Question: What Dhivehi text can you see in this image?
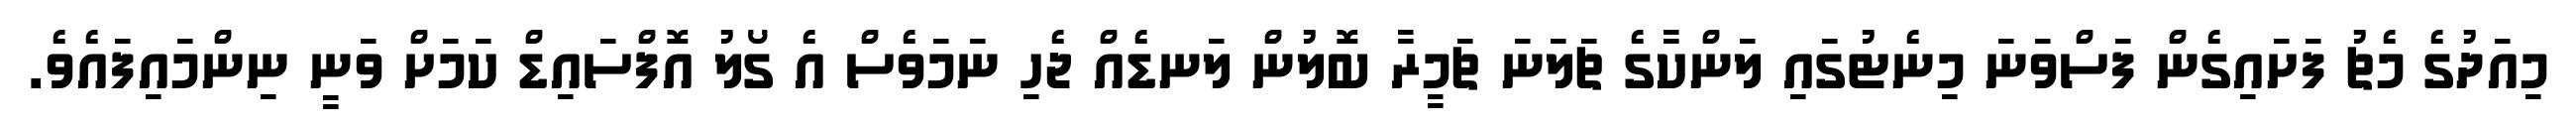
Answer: މިއަދުގެ މެޗު ފަށައިގެން ފަސްވަނަ މިނެޓުގައި ލަންކާގެ ޗަލަނަ ޗަމީރާ ބޮލުން ލަނޑެއް ޖެހި ނަމަވެސް އެ ގޯލު އޮފްސައިޑް ކަމަށް ވަނީ ނިންމައިފައެވެ.